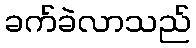
ခက်ခဲလာသည်